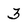
Character: 3